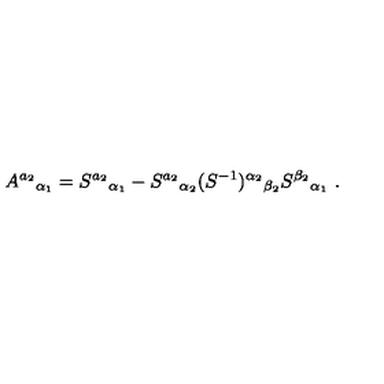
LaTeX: A ^ { a _ { 2 } } { } _ { \alpha _ { 1 } } = S ^ { a _ { 2 } } { } _ { \alpha _ { 1 } } - S ^ { a _ { 2 } } { } _ { \alpha _ { 2 } } ( S ^ { - 1 } ) ^ { \alpha _ { 2 } } { } _ { \beta _ { 2 } } S ^ { \beta _ { 2 } } { } _ { \alpha _ { 1 } } \ .